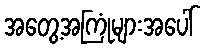
အတွေ့အကြုံများအပေါ်